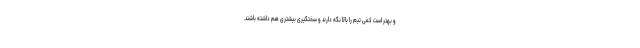
و بهتر است کمی تیم را بالا نگه دارند و سختگیری بیشتری هم داشته باشند.